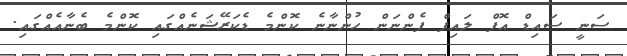
ސަނީ ސައިޑް އޮފް ލައިފް ފެންނަން ހުންނާނެ ކޮންމެ ޑެކަރޭޝަނެއްގައި ކޮންމެ ބެނާއެއްގައި.